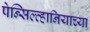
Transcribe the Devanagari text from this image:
पेन्सिल्व्हानियाच्या